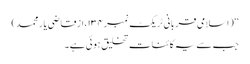
‘‘ (اسلامی قربانی ٹریکٹ نمبر۱۳۴،ازقاضی یار محمد)
جب سے یہ کائنات تخلیق ہوئی ہے۔